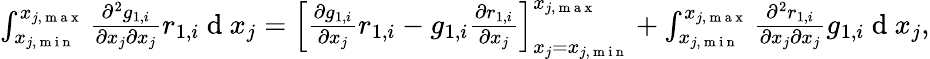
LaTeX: \begin{array}{r}{\int_{x_{j,\mathrm{~m~i~n~}}}^{x_{j,\mathrm{~m~a~x~}}}{\frac{\partial^{2}g_{1,i}}{\partial x_{j}\partial x_{j}}r_{1,i}}\mathrm{~d~}x_{j}=\left[\frac{\partial g_{1,i}}{\partial x_{j}}r_{1,i}-g_{1,i}\frac{\partial r_{1,i}}{\partial x_{j}}\right]_{x_{j}=x_{j,\mathrm{~m~i~n~}}}^{x_{j,\mathrm{~m~a~x~}}}+\int_{x_{j,\mathrm{~m~i~n~}}}^{x_{j,\mathrm{~m~a~x~}}}{\frac{\partial^{2}r_{1,i}}{\partial x_{j}\partial x_{j}}g_{1,i}}\mathrm{~d~}x_{j},}\end{array}